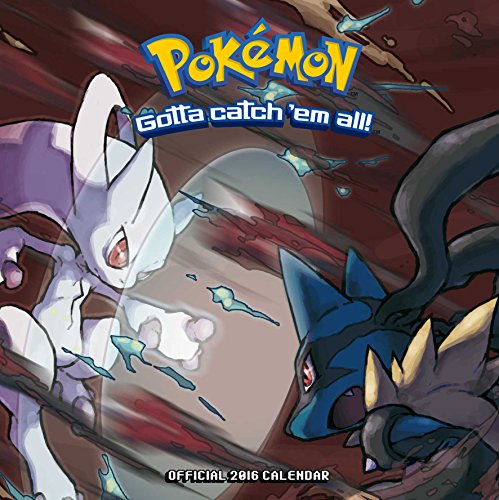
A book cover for The Official Pokemon 2016 Square Calendar; Calendars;